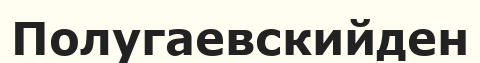
Полугаевскийден